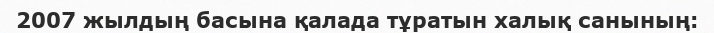
2007 жылдың басына қалада тұратын халық санының: